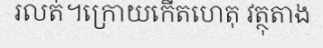
រលត់។ក្រោយកើតហេតុ វត្ថុតាង